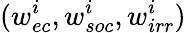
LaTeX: (w_{ec}^{i},w_{soc}^{i},w_{irr}^{i})